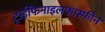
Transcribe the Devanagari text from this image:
ट्राईफिनाइलफास्फीन